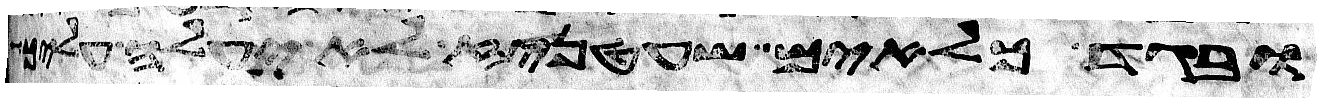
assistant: ובגד כלאים שעטניז לא יעלה